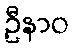
ဦနာဝ